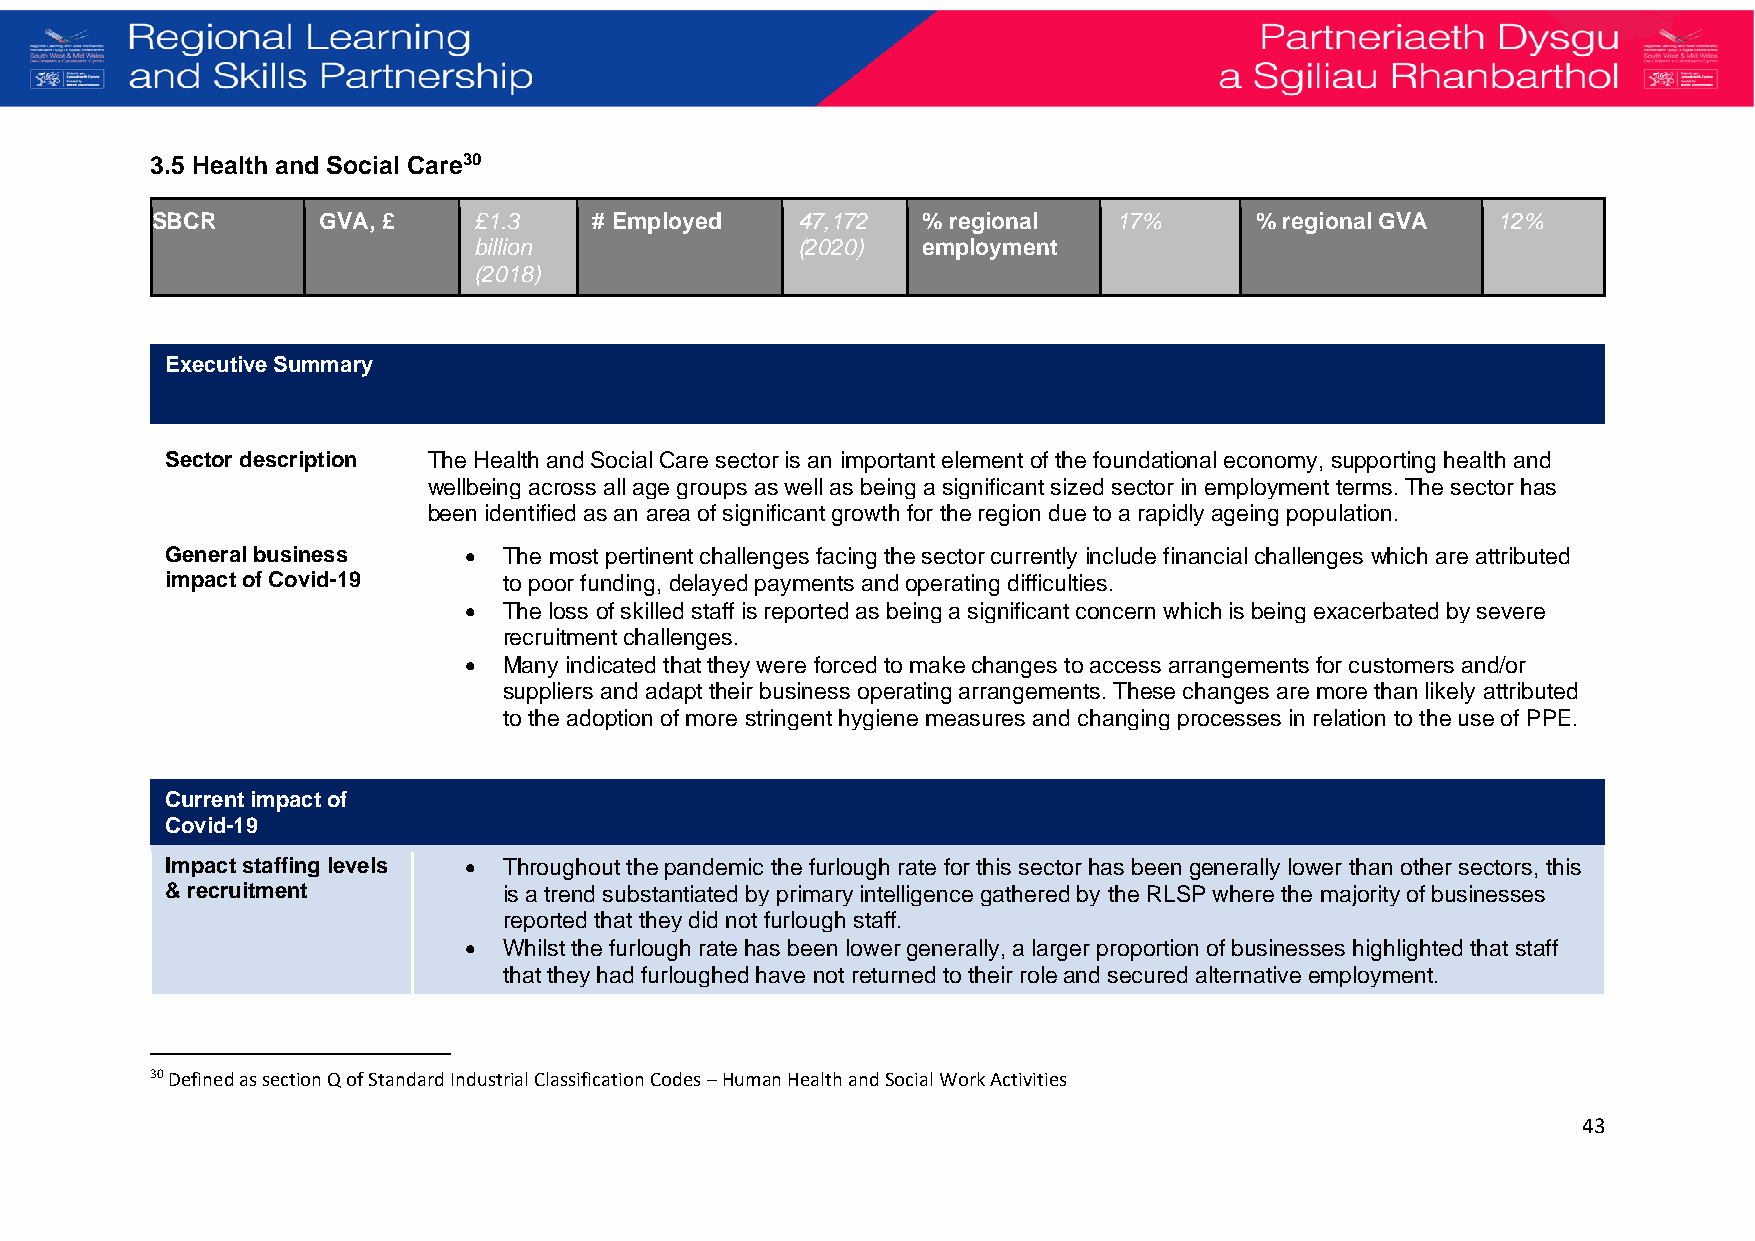
3.5 Health and Social Care30
 SBCR       GVA, £    £1.3    # Employed    47,172  % regional   17%      % regional GVA  12%
 billion               (2020)  employment
 (2018)
 Executive Summary
 Sector description The Health and Social Care sector is an important element of the foundational economy, supporting health and
 wellbeing across all age groups as well as being a significant sized sector in employment terms. The sector has
 b een identified as an area of significant growth for the region due to a rapidly ageing population.
 General business    • The most pertinent challenges facing the sector currently include financial challenges which are attributed
 impact of Covid-19    to poor funding, delayed payments and operating difficulties.
 • The loss of skilled staff is reported as being a significant concern which is being exacerbated by severe
 recruitment challenges.
 • Many indicated that they were forced to make changes to access arrangements for customers and/or
 suppliers and adapt their business operating arrangements. These changes are more than likely attributed
 to the adoption of more stringent hygiene measures and changing processes in relation to the use of PPE.
 Current impact of
 Covid-19
 Impact staffing levels • Throughout the pandemic the furlough rate for this sector has been generally lower than other sectors, this
 & recruitment         is a trend substantiated by primary intelligence gathered by the RLSP where the majority of businesses
 reported that they did not furlough staff.
 • Whilst the furlough rate has been lower generally, a larger proportion of businesses highlighted that staff
 that they had furloughed have not returned to their role and secured alternative employment.
 30 Defined as section Q of Standard Industrial Classification Codes – Human Health and Social Work Activities
 43